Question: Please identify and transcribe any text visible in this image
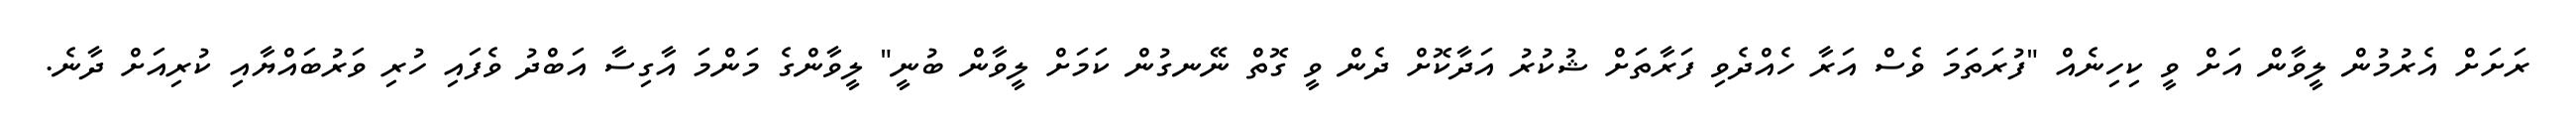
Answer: ރަށަށް އެރުމުން ލީވާން އަށް ވީ ކިހިނެއް "ފުރަތަމަ ވެސް އަރާ ހެއްދެވި ފަރާތަށް ޝުކުރު އަދާކޮށް ދެން ވީ ގޮތް ނޭނގުން ކަމަށް ލީވާން ބުނީ" ލީވާންގެ މަންމަ އާގިސާ އަބްދު ވެފައި ހުރި ވަރުބައްޔާއި ކުރިއަށް ދާނެ.